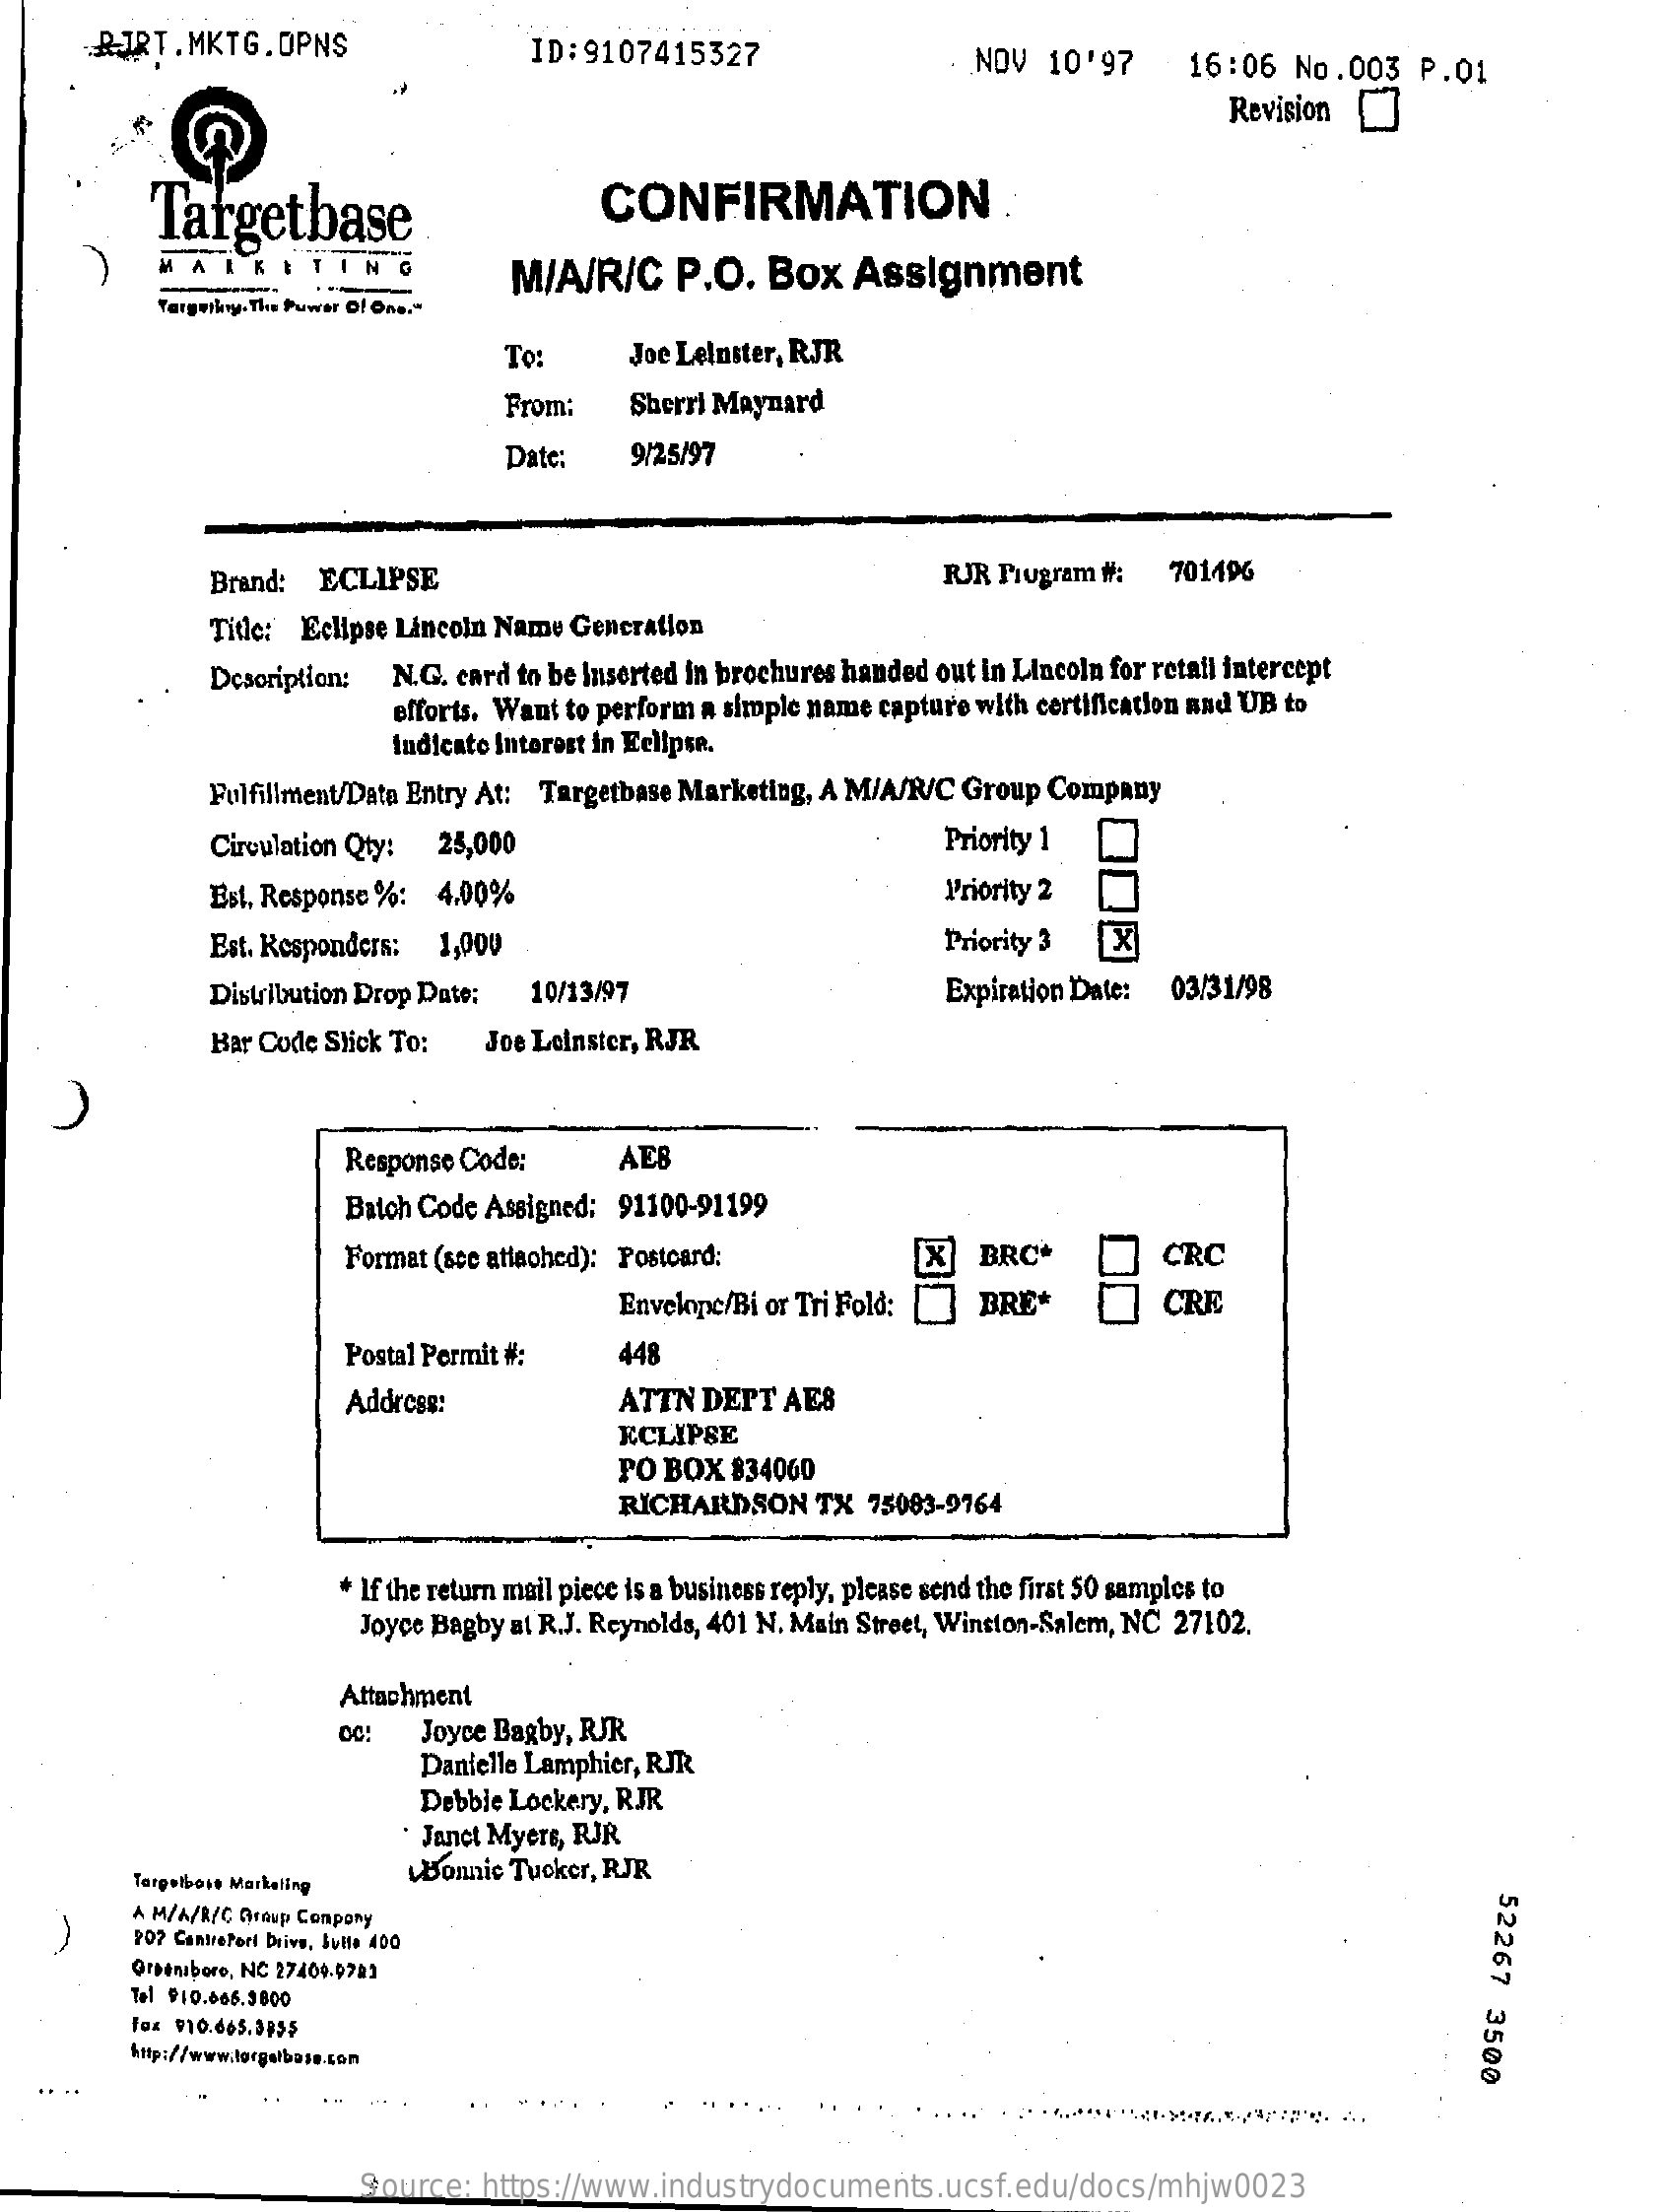
BIRT.MKTG.OPNS    ID:9107415327    NOV  10'97    16:06  No.003   P.01
     Revision
     Targetbase    CONFIRMATION    .
     MARKETING    M/A/R/C    P.O.  Box   Assignment
     Targuniny. The Puwer Of One."
     To:    Joe Leinster, RJR
     From:   Sherri Maynard
     Date:    9/25/97
     Brand: ECLIPSE    RJR Program #:  701496
     Title: Eclipse Lincoln Name Generation
     Description: N.G. card to be inserted in brochures handed out in Lincoln for retail intercept
     efforts. Want to perform a simple name capture with certification and UB to
     indicato Interest in Eclipse.
     Fulfillment/Data Entry At: Targetbase Marketing, A M/A/R/C Group Company
     Circulation Qty: 25,000    Priority 1
     Est. Response %: 4.00%    Priority 2
     Est. Responders: 1,000    Priority 3  X
     Distribution Drop Date: 10/13/97    Expiration Date: 03/31/98
     Bar Code Stick To: Joe Leinster, RJR
     Response Code:    AE8
     Batch Code Assigned: 91100-91199
     Format (see attached): Postcard:    X   BRC*    CRC
     Envelope/Bi or Tri Fold:  BRE*    CRE
     Postal Permit #:    448
     Address:    ATTN DEPT  AE8
     ECLIPSE
     PO BOX  834060
     RICHARDSON   TX  75083-9764
     * If the return mail piece is a business reply, please send the first 50 samples to
     Joyce Bagby al R.J. Reynolds, 401 N. Main Street, Winston-Salem, NC 27102.
     Attachment
     Joyce Bagby, RJR
     Danielle Lamphier, RJR
     Debbie Lockery, RJR
     Janet Myers, RJR
     Targetbase Marketing
     Bonnie Tucker, RJR
     A M/A/R/C Group Company
     52267
     3500
     202 Cantreferi Drive, Sutte 400
     Greensboro, NC 27409.9783
     Tel $10.665.3800
     Fax 910.665.3955
     http://www.forgalbase.con
     Source: https://www.industrydocuments.ucsf.edu/docs/mhjw0023